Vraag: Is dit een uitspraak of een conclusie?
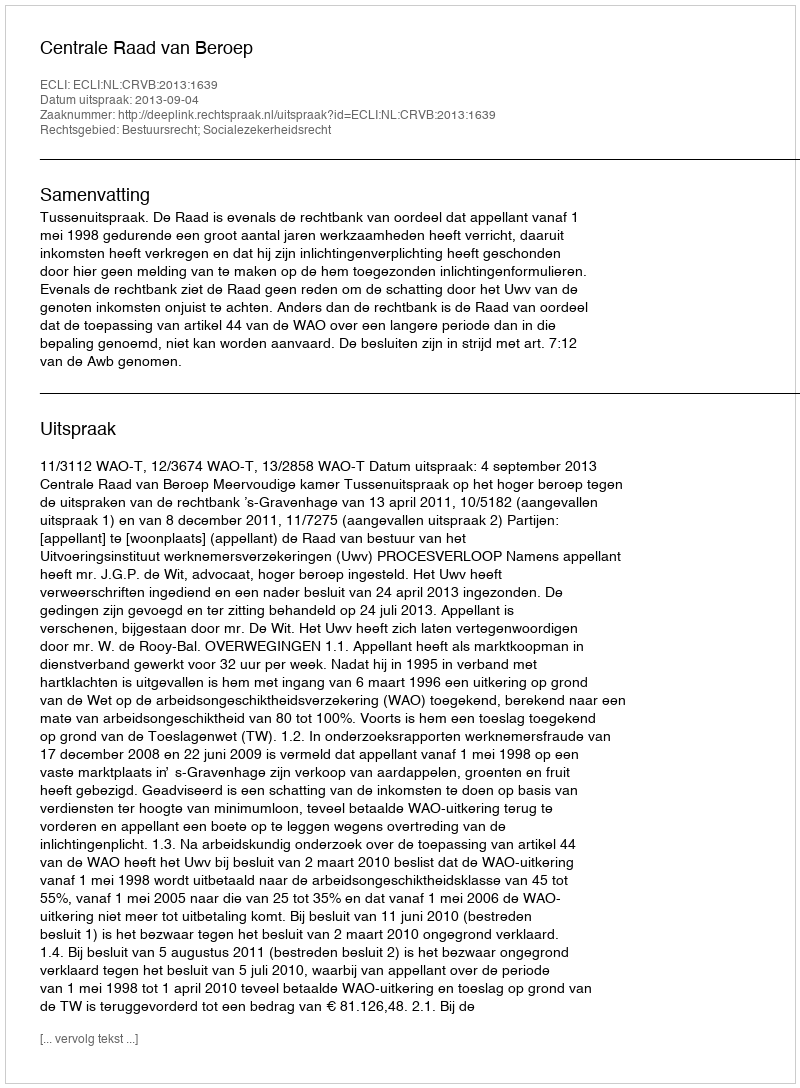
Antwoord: Uitspraak